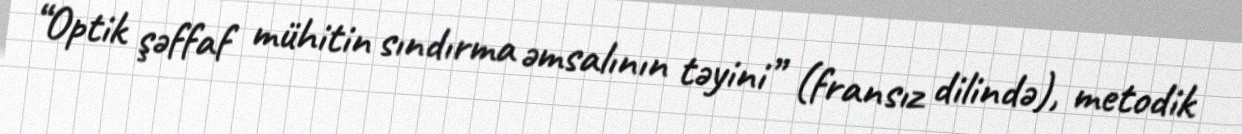
“Optik şəffaf mühitin sındırma əmsalının təyini” (fransız dilində), metodik